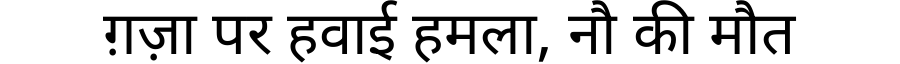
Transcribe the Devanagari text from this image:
ग़ज़ा पर हवाई हमला, नौ की मौत